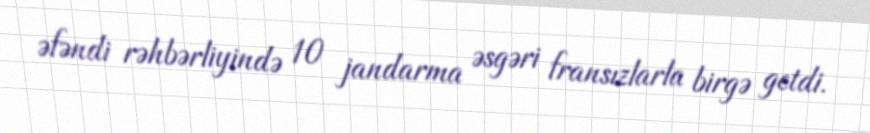
əfəndi rəhbərliyində 10 jandarma əsgəri fransızlarla birgə getdi.